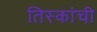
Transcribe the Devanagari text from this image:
तिस्कांची